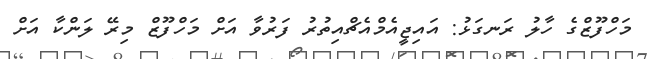
މަހްފޫޒްގެ ހާލު ރަނގަޅު: އައިޖީއެމްއެޗްއިތުރު ފަރުވާ އަށް މަހްފޫޒް މިރޭ ލަންކާ އަށް